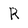
Character: R